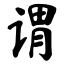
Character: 谓